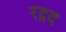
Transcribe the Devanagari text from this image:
रद़द